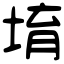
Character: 堉